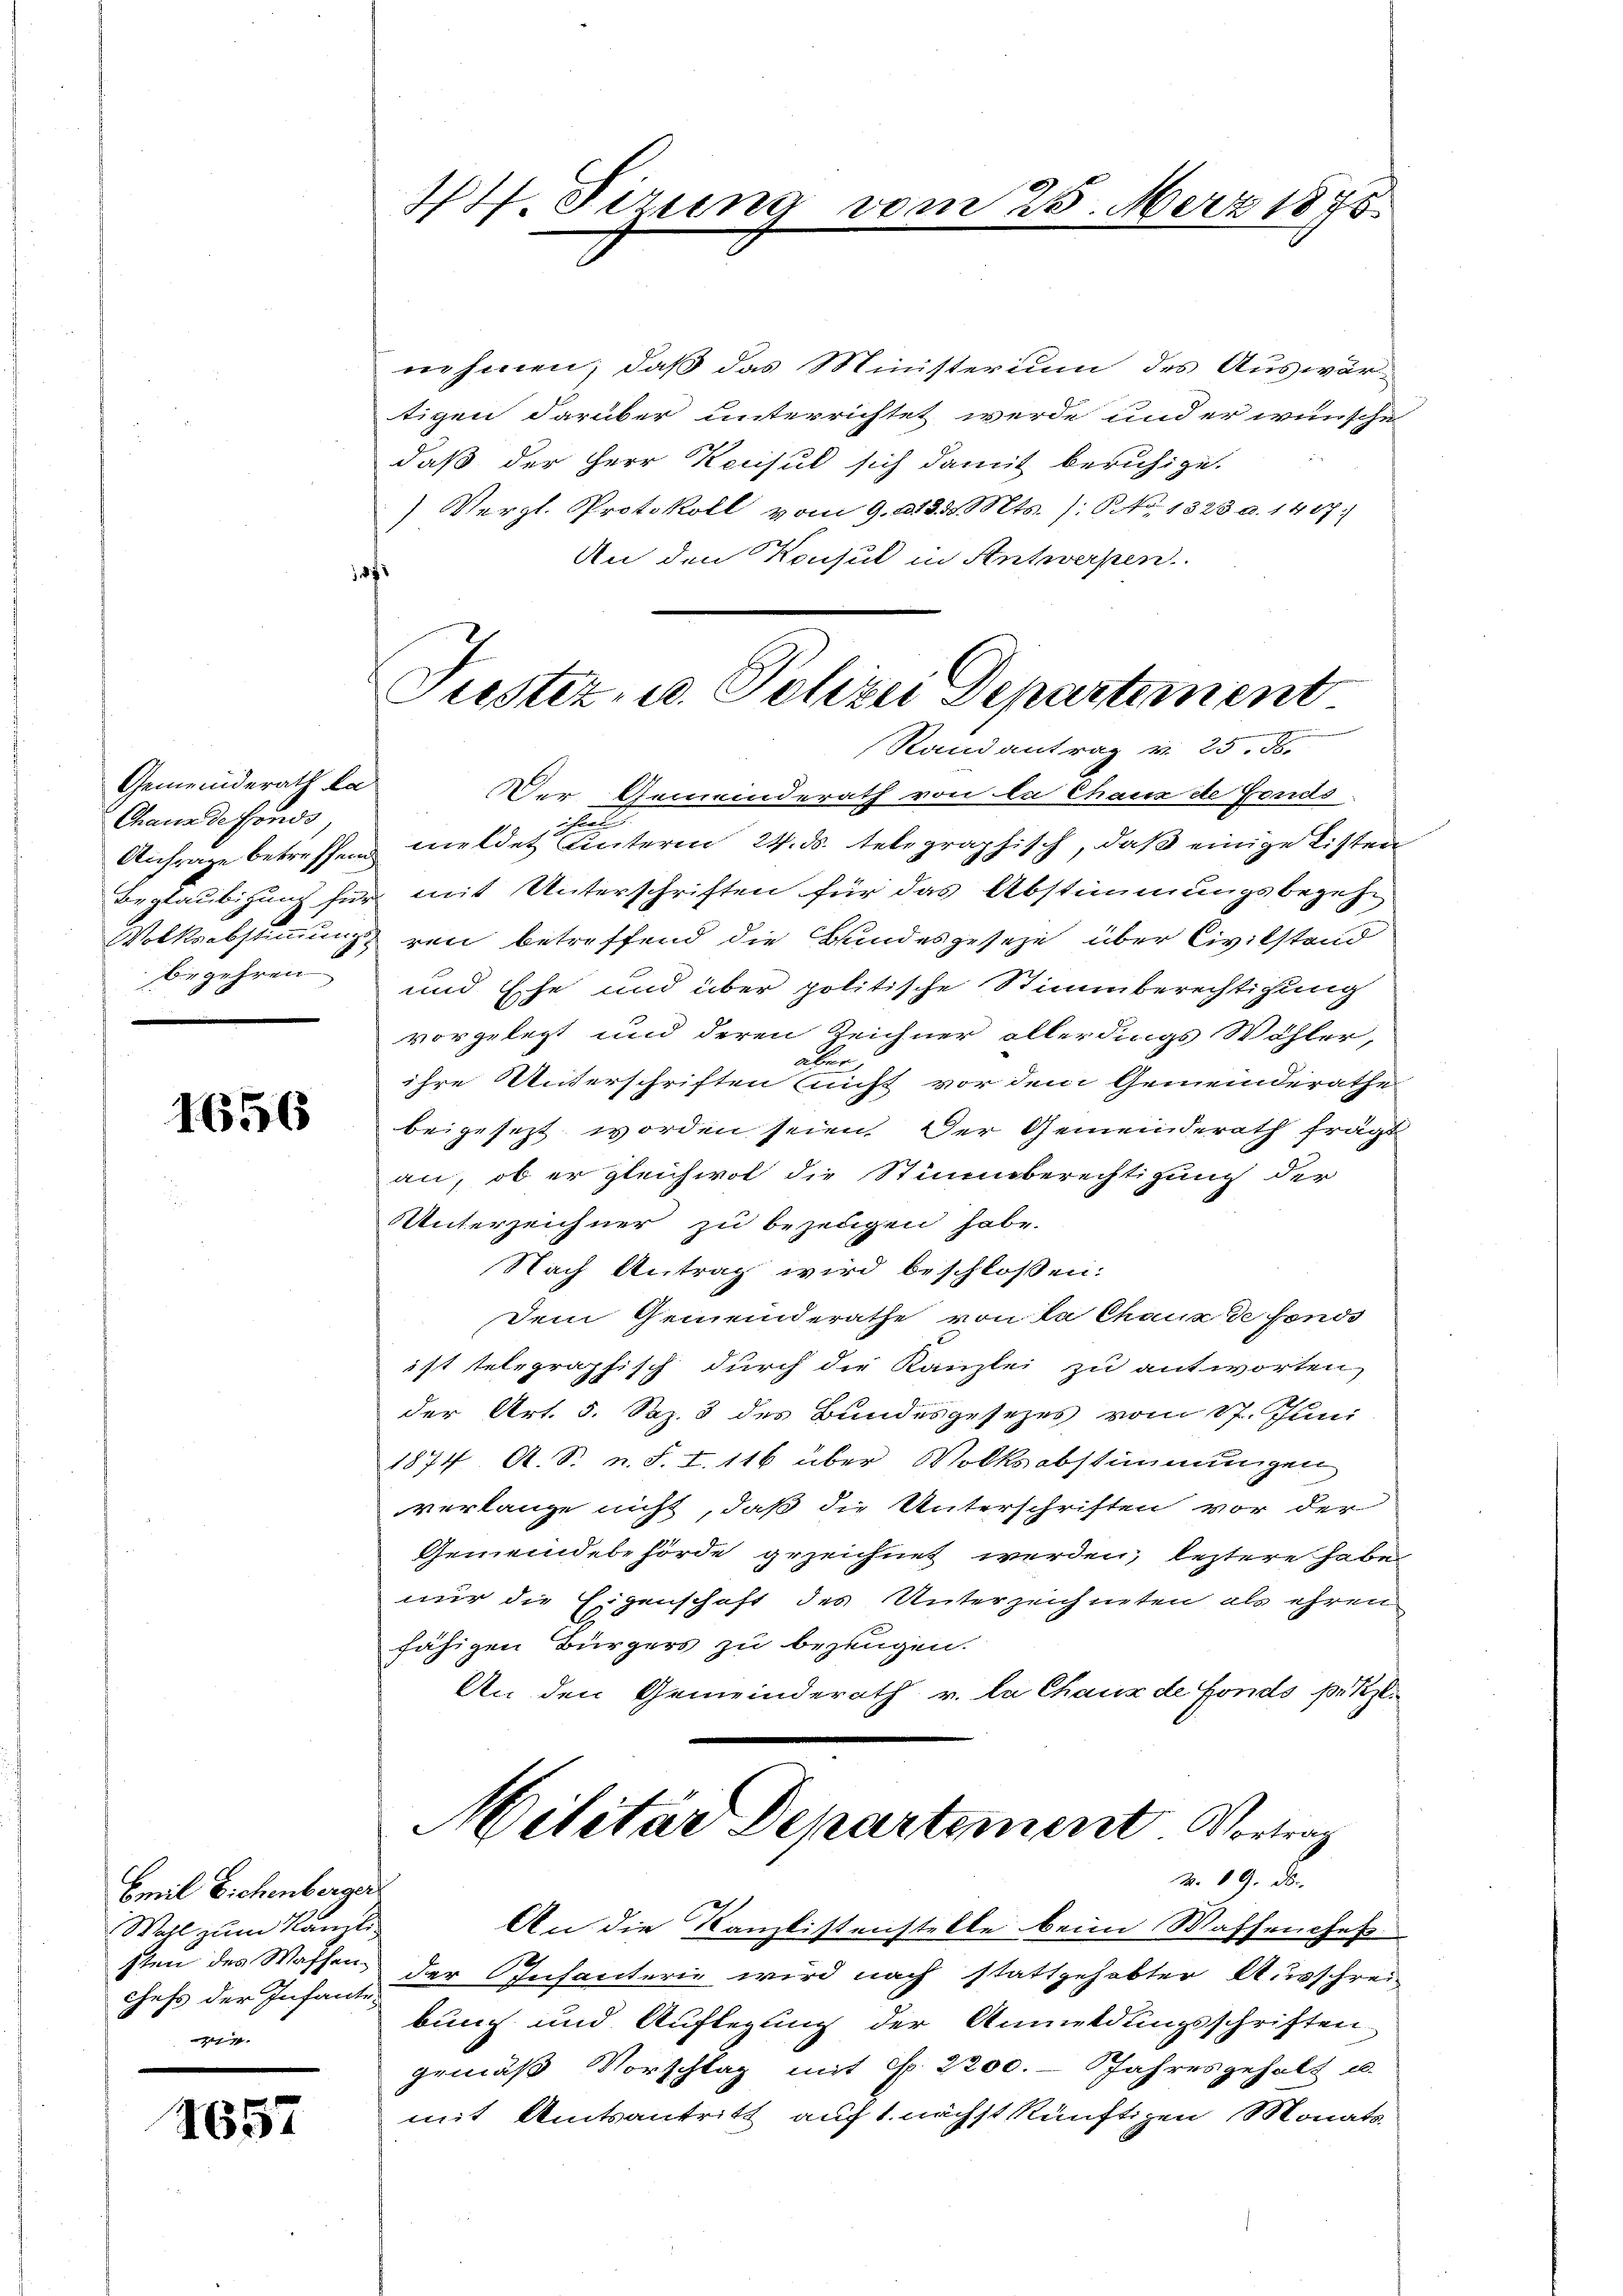
Gemeinderath ka
Chaus de fonds,

1656

Emil Eichenberger
Wohl zum Kanti
sten des Waffen-
chefs der Infante¬
.

1657

17. Sirung vom 25. März 1875.

nehmen; daß das Ministerium des Auswär-
tigen darüber unterrichtet werde und er wünsche
daß der Herr Konsul sich damit beruhige.
) Vergl. Protokoll vom 9. 213. d. Mts. /: NNo. 1323 u. 1407)
An den Konsul in Antwerpen
d
Der Gemeinderath von la Thauz de Fends
h
Anfrage betreffend meldet unterm 24. ds. telegraphisch, daß einige Listen
Beglaubigung für mit Unterschriften für das Abstimmungsbegehr
Volksabstimmung von betreffend die Bundesgeseze über Civilstand
begehren und Ehe und über politische Stimmberechtigung
vorgelegt und deren Zeichner allerdings Wöhler,
über
ihre Unterschriften nicht vor dem Gemeinderathe
beigesezt worden seien. Der Gemeinderath fragt
an, ob er gleichwol die Stimmberechtigung der
Unterzeichner zu bezeugen habe.
Nach Antrag wird beschlossen:
Dem Gemeinderathe von La Chaux de fonds
ist telegraphisch durch die Kanzlei zu antworten,
der Art. 5. Sep. 3 des Bundesgesezes vom 17. Juni
1874. A. S. n. F. I. 116 über Volksabstimmungen
verlange nicht, daß die Unterschriften vor der
Gemeindebehörde gezeichnet werden, leztere habe
nur die Eigenschaft des Unterzeichneten als ihren
fähigen Bürgers zu bezeugen.
An den Gemeinderath v. la Chaux de Fonds prez.

Justiz- u. Polizei Departement
Randantrag v. 25. d.

Militar Departement. Vortrag
v. 19. d.

An die Kanzlistenstelle beim Massenchef
der Infanterie wird nach stattgehabter Ausschrei
bung und Auflegung der Anmeldungsschriften
gemäß Vorschlag mit No. 2200. - Jahresgeholt u.
mit Amtsantritt auf 1. nächst künftigen Monats¬